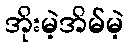
အိုးမဲ့အိမ်မဲ့